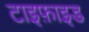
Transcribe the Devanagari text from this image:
टाइफ़ाइड